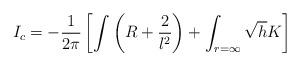
LaTeX: \begin{align*}I_c = -\frac{1}{2\pi} \left[ \int \left( R+ \frac{2}{l^2} \right) +\int_{r=\infty} \sqrt{h} K \right] \end{align*}